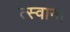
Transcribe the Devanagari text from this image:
त्स्वाना